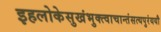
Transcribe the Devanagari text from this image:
इहलोकेसुखंभुक्त्वाचान्तंसत्यपुरंययौ